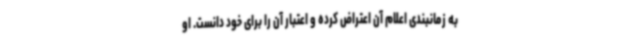
به زمانبندی اعلام آن اعتراض کرده و اعتبار آن را برای خود دانست. او